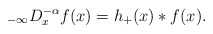
\begin{align*}_{-\infty}D_{x}^{-\alpha}f(x)=h_{+}(x)\ast f(x).\end{align*}